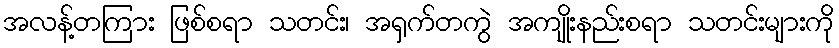
အလန့်တကြား ဖြစ်စရာ သတင်း၊ အရှက်တကွဲ အကျိုးနည်းစရာ သတင်းများကို